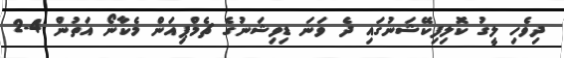
ދިވެހި ލީގު ކޮލިފިކޭޝަނުގައި ދެ ވަނަ ޑިވިޝަނުގެ ޗެމްޕިއަން މެކާނޯ އަތުން 4-2